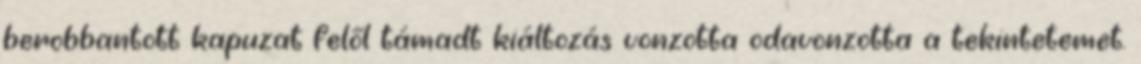
berobbantott kapuzat felől támadt kiáltozás vonzotta odavonzotta a tekintetemet.